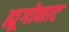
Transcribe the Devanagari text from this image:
ह्यूगोनाट